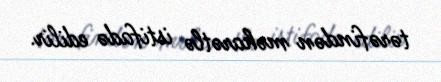
tərəfindən məharətlə istifadə edilir.